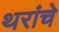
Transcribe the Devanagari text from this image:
थरांचे